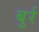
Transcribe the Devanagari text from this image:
बुर्र